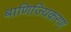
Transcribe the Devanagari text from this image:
बाणिज्यिकरण